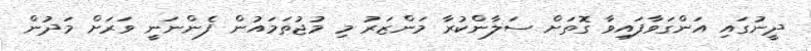
ދީނުގައި އަންގަވާފައިވާ ގޮތަށް ސަލާންކުރާ މަންޒަރު މި މުޖުތަމައުން ފެންނަނީ ވަރަށް މަދުން